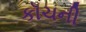
કૉચની